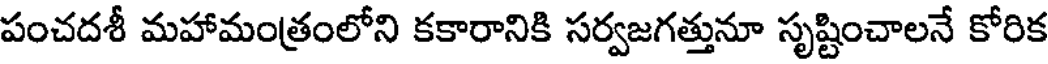
పంచదశీ మహామంత్రంలోని కకారానికి సర్వజగత్తునూ సృష్టించాలనే కోరిక